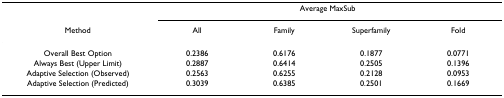
<table><thead><tr><td></td><td colspan="4"><b>Average MaxSub</b></td></tr><tr><td><b>Method</b></td><td><b>All</b></td><td><b>Family</b></td><td><b>Superfamily</b></td><td><b>Fold</b></td></tr></thead><tbody><tr><td>Overall Best Option</td><td>0.2386</td><td>0.6176</td><td>0.1877</td><td>0.0771</td></tr><tr><td>Always Best (Upper Limit)</td><td>0.2887</td><td>0.6414</td><td>0.2505</td><td>0.1396</td></tr><tr><td>Adaptive Selection (Observed)</td><td>0.2563</td><td>0.6255</td><td>0.2128</td><td>0.0953</td></tr><tr><td>Adaptive Selection (Predicted)</td><td>0.3039</td><td>0.6385</td><td>0.2501</td><td>0.1669</td></tr></tbody></table>